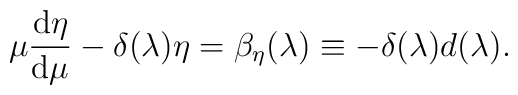
\mu {\frac{{\rm d}\eta }{{\rm d}\mu }}-\delta (\lambda )\eta =\beta _{\eta}(\lambda )\equiv -\delta (\lambda )d(\lambda ).